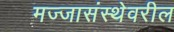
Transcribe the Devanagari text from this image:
मज्जासंस्थेवरील